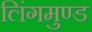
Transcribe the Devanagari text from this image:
लिंगमुण्ड